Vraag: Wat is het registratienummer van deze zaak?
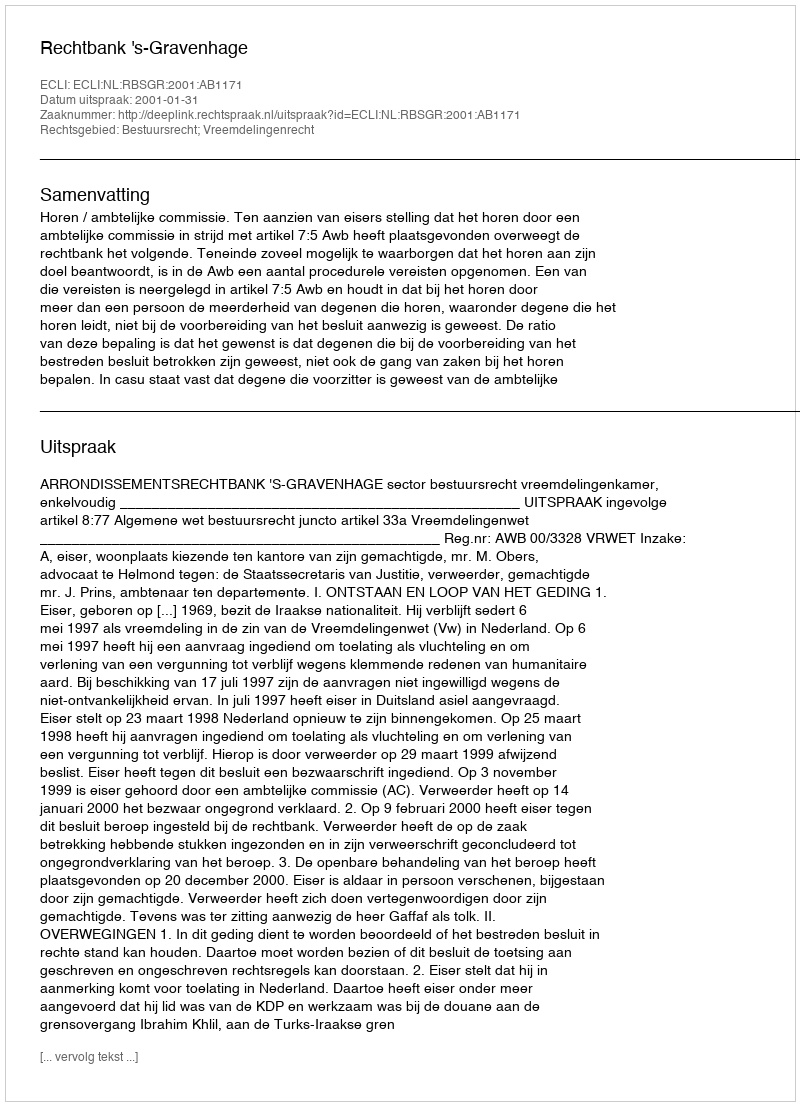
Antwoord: http://deeplink.rechtspraak.nl/uitspraak?id=ECLI:NL:RBSGR:2001:AB1171